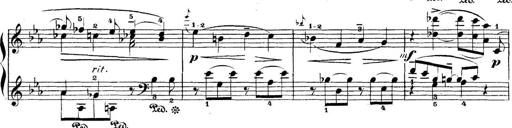
Title: 5 Sonatinas
Composer: Theodor Kirchner